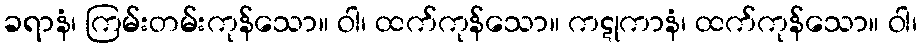
ခရာနံ၊ ကြမ်းတမ်းကုန်သော။ ဝါ၊ ထက်ကုန်သော။ ကဋုကာနံ၊ ထက်ကုန်သော။ ဝါ၊